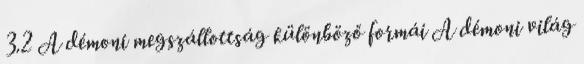
3.2 A démoni megszállottság különböző formái A démoni világ